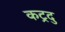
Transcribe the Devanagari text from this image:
कट्रदु